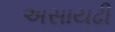
અસાયઢી